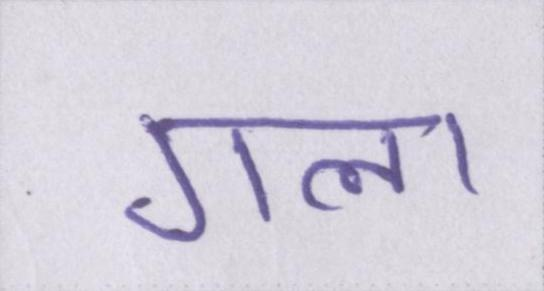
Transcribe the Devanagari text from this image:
गला